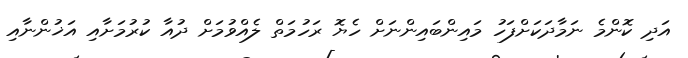
އަދި ކޮންމެ ނަމާދަކަށްފަހު މައިންބައިންނަށް ހެޔޮ ރަހުމަތް ލެއްވުމަށް ދުއާ ކުރުމަށާއި އަޚުންނާއި